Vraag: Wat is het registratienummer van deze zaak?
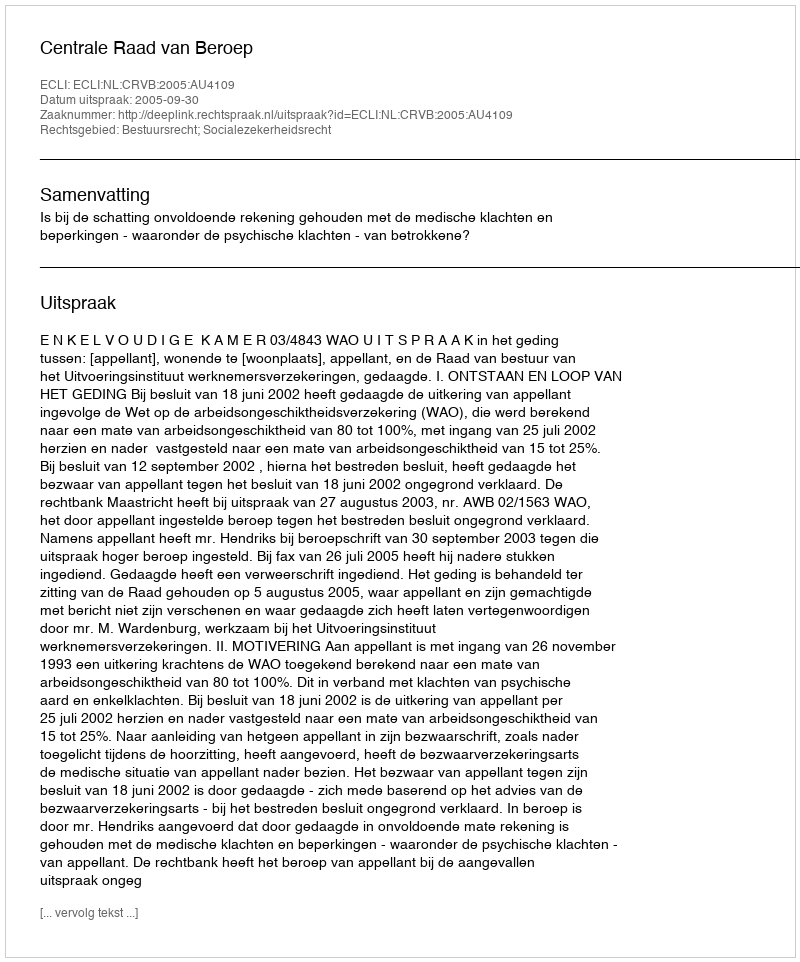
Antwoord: http://deeplink.rechtspraak.nl/uitspraak?id=ECLI:NL:CRVB:2005:AU4109